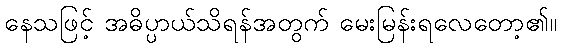
နေသဖြင့် အဓိပ္ပာယ်သိရန်အတွက် မေးမြန်းရလေတော့၏။